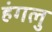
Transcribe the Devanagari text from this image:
हंगलु